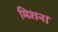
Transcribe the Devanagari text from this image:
मिशन।